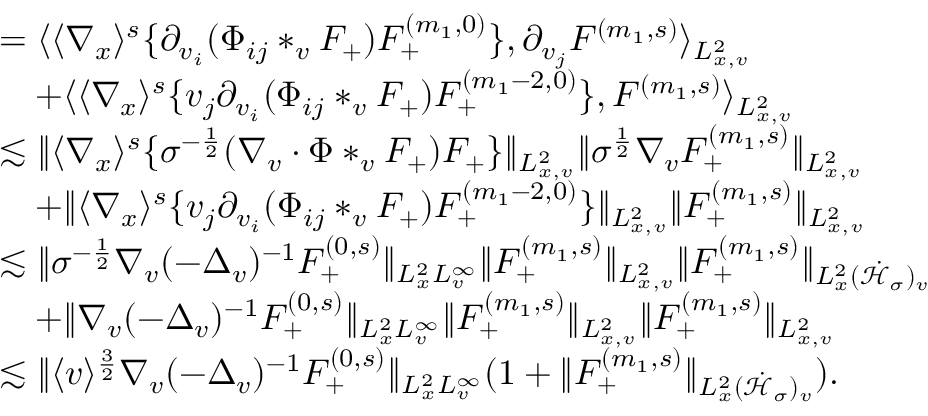
\begin{array} { r l } & { = \langle \langle \nabla _ { x } \rangle ^ { s } \{ \partial _ { v _ { i } } ( \Phi _ { i j } * _ { v } F _ { + } ) F _ { + } ^ { ( m _ { 1 } , 0 ) } \} , \partial _ { v _ { j } } F ^ { ( m _ { 1 } , s ) } \rangle _ { L _ { x , v } ^ { 2 } } } \\ & { \quad + \langle \langle \nabla _ { x } \rangle ^ { s } \{ v _ { j } \partial _ { v _ { i } } ( \Phi _ { i j } * _ { v } F _ { + } ) F _ { + } ^ { ( m _ { 1 } - 2 , 0 ) } \} , F ^ { ( m _ { 1 } , s ) } \rangle _ { L _ { x , v } ^ { 2 } } } \\ & { \lesssim \| \langle \nabla _ { x } \rangle ^ { s } \{ \sigma ^ { - \frac { 1 } { 2 } } ( \nabla _ { v } \cdot \Phi * _ { v } F _ { + } ) F _ { + } \} \| _ { L _ { x , v } ^ { 2 } } \| \sigma ^ { \frac { 1 } { 2 } } \nabla _ { v } F _ { + } ^ { ( m _ { 1 } , s ) } \| _ { L _ { x , v } ^ { 2 } } } \\ & { \quad + \| \langle \nabla _ { x } \rangle ^ { s } \{ v _ { j } \partial _ { v _ { i } } ( \Phi _ { i j } * _ { v } F _ { + } ) F _ { + } ^ { ( m _ { 1 } - 2 , 0 ) } \} \| _ { L _ { x , v } ^ { 2 } } \| F _ { + } ^ { ( m _ { 1 } , s ) } \| _ { L _ { x , v } ^ { 2 } } } \\ & { \lesssim \| \sigma ^ { - \frac { 1 } { 2 } } \nabla _ { v } ( - \Delta _ { v } ) ^ { - 1 } F _ { + } ^ { ( 0 , s ) } \| _ { L _ { x } ^ { 2 } L _ { v } ^ { \infty } } \| F _ { + } ^ { ( m _ { 1 } , s ) } \| _ { L _ { x , v } ^ { 2 } } \| F _ { + } ^ { ( m _ { 1 } , s ) } \| _ { L _ { x } ^ { 2 } ( \dot { \mathcal H } _ { \sigma } ) _ { v } } } \\ & { \quad + \| \nabla _ { v } ( - \Delta _ { v } ) ^ { - 1 } F _ { + } ^ { ( 0 , s ) } \| _ { L _ { x } ^ { 2 } L _ { v } ^ { \infty } } \| F _ { + } ^ { ( m _ { 1 } , s ) } \| _ { L _ { x , v } ^ { 2 } } \| F _ { + } ^ { ( m _ { 1 } , s ) } \| _ { L _ { x , v } ^ { 2 } } } \\ & { \lesssim \| \langle v \rangle ^ { \frac { 3 } { 2 } } \nabla _ { v } ( - \Delta _ { v } ) ^ { - 1 } F _ { + } ^ { ( 0 , s ) } \| _ { L _ { x } ^ { 2 } L _ { v } ^ { \infty } } ( 1 + \| F _ { + } ^ { ( m _ { 1 } , s ) } \| _ { L _ { x } ^ { 2 } ( \dot { \mathcal H } _ { \sigma } ) _ { v } } ) . } \end{array}